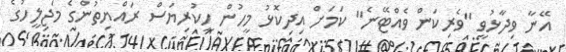
އޭނާ ވިދާޅުވީ "ވެރިކަން ވެއްޓޭނެ" ކަމަށް އިދިކޮޅު މީހުން ހީކުރިޔަސް ރައްޔިތުންގެ މަޖިލީހުގެ